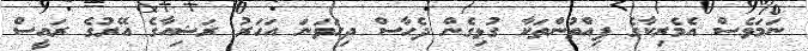
ނަމަވެސް އެމެރިކާގެ ފިއްތުންތަކާ ގުޅިގެން ދެހާސް ދިހަވަނަ އަހަރު ރަޝިއާގެ އޭރުގެ ރައީސް